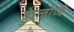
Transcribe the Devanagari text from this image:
क्रेलोव्हे